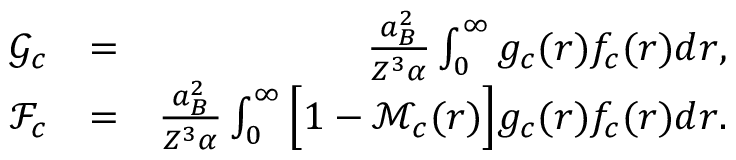
\begin{array} { r l r } { \mathcal { G } _ { c } } & { = } & { \frac { a _ { B } ^ { 2 } } { Z ^ { 3 } \alpha } \int _ { 0 } ^ { \infty } g _ { c } ( r ) f _ { c } ( r ) d r , } \\ { \mathcal { F } _ { c } } & { = } & { \frac { a _ { B } ^ { 2 } } { Z ^ { 3 } \alpha } \int _ { 0 } ^ { \infty } \Big [ 1 - \mathcal { M } _ { c } ( r ) \Big ] g _ { c } ( r ) f _ { c } ( r ) d r . } \end{array}